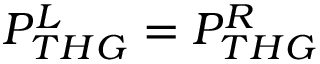
P _ { T H G } ^ { L } = P _ { T H G } ^ { R }